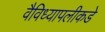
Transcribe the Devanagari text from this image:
वैविध्यापलीकडे